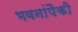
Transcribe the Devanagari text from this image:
भवनांपैकी